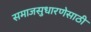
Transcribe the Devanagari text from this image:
समाजसुधारणेसाठी